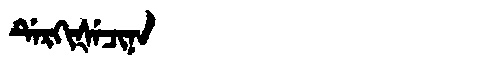
Manchu: ᡩᡝᡵᡴᡳᡧᡝᠴᡳᠨᠠ
Romanization: DERKIŠECINA